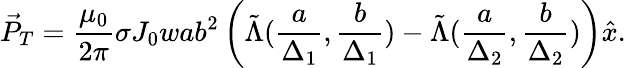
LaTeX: \vec{P}_{T}=\frac{\mu_{0}}{2\pi}\sigma J_{0}wab^{2}\left(\tilde{\Lambda}(\frac{a}{\Delta_{1}},\frac{b}{\Delta_{1}})-\tilde{\Lambda}(\frac{a}{\Delta_{2}},\frac{b}{\Delta_{2}})\right)\hat{x}.